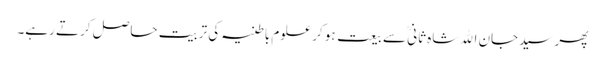
پھر سیدجان اﷲشاہ ثانیؒ سے بیعت ہوکر علوم باطنیہ کی تربیت حاصل کرتے رہے۔